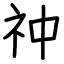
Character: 祌